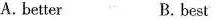
A. better B. best